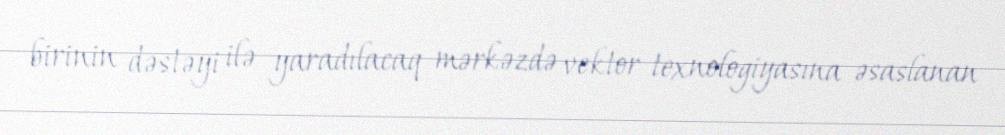
birinin dəstəyi ilə yaradılacaq mərkəzdə vektor texnologiyasına əsaslanan